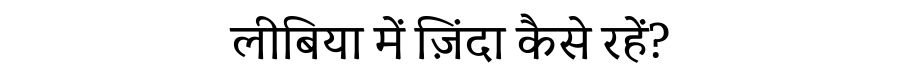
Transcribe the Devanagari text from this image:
लीबिया में ज़िंदा कैसे रहें?